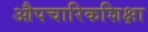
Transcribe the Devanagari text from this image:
औपचारिकशिक्षा